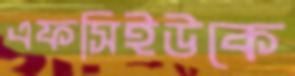
এফসিইউকে